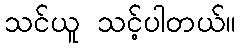
သင်ယူ သင့်ပါတယ်။